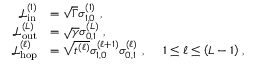
\begin{array} { r l } { \mathcal { L } _ { \mathrm { i n } } ^ { ( 1 ) } } & { = \sqrt { \Gamma } \sigma _ { 1 , 0 } ^ { ( 1 ) } \, \, , } \\ { \mathcal { L } _ { \mathrm { o u t } } ^ { ( L ) } } & { = \sqrt { \gamma } \sigma _ { 0 , 1 } ^ { ( L ) } \, \, , } \\ { \mathcal { L } _ { \mathrm { h o p } } ^ { ( \ell ) } } & { = \sqrt { t ^ { ( \ell ) } } \sigma _ { 1 , 0 } ^ { ( \ell + 1 ) } \sigma _ { 0 , 1 } ^ { ( \ell ) } \, \, , \ \ \ \ 1 \le \ell \le \left( L - 1 \right) \, , } \end{array}